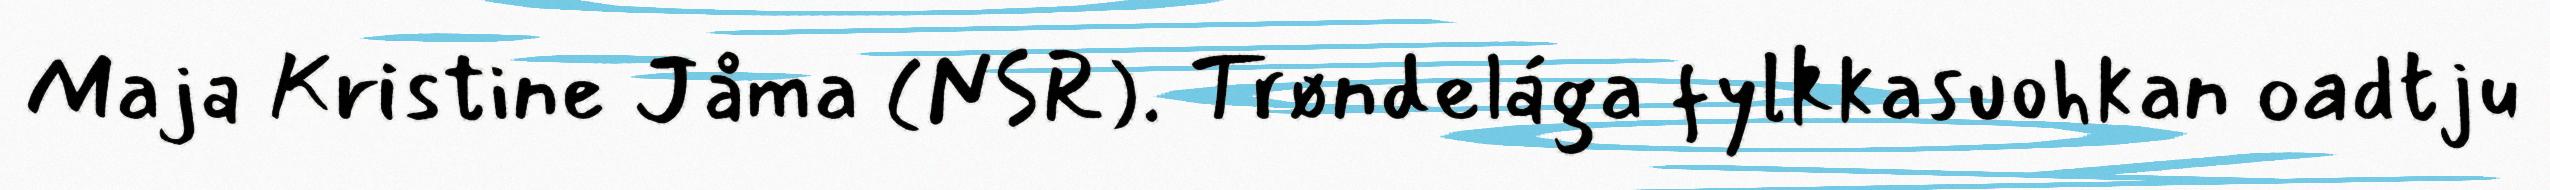
Maja Kristine Jåma (NSR). Trøndelága fylkkasuohkan oadtju